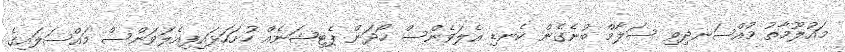
މައުލޫމާތު މުއްސަނދިވި ސަލާމް ބުނެގެން ކެނޑި އެލަވެންސް ހޯދަން ޕެޓިޝަނެއް ހުށަހަޅައިފިއެލަވަންސް މައްސަލައިގެ